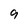
Character: 9